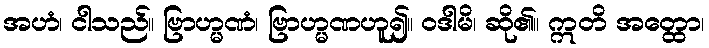
အဟံ၊ ငါသည်။ ဗြာဟ္မဏံ၊ ဗြာဟ္မဏဟူ၍။ ဝဒါမိ၊ ဆို၏။ ဣတိ အတ္ထော၊